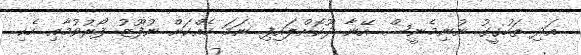
އަދި ތަހުގީގު ނުނިމެނީސް އޭނާ ދޫކޮށްލައިފި ނަމަ ހެއްކަށް ނުފޫޒު ފޯރުވުމާއި ހެކި